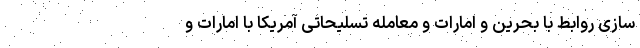
سازی روابط با بحرین و امارات و معامله تسلیحاتی آمریکا با امارات و